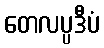
တေလပ္ပဒီပံ